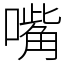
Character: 嘴